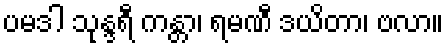
ပမဒါ သုန္ဒရီ ကန္တာ၊ ရမဏီ ဒယိတာ၊ ဗလာ။